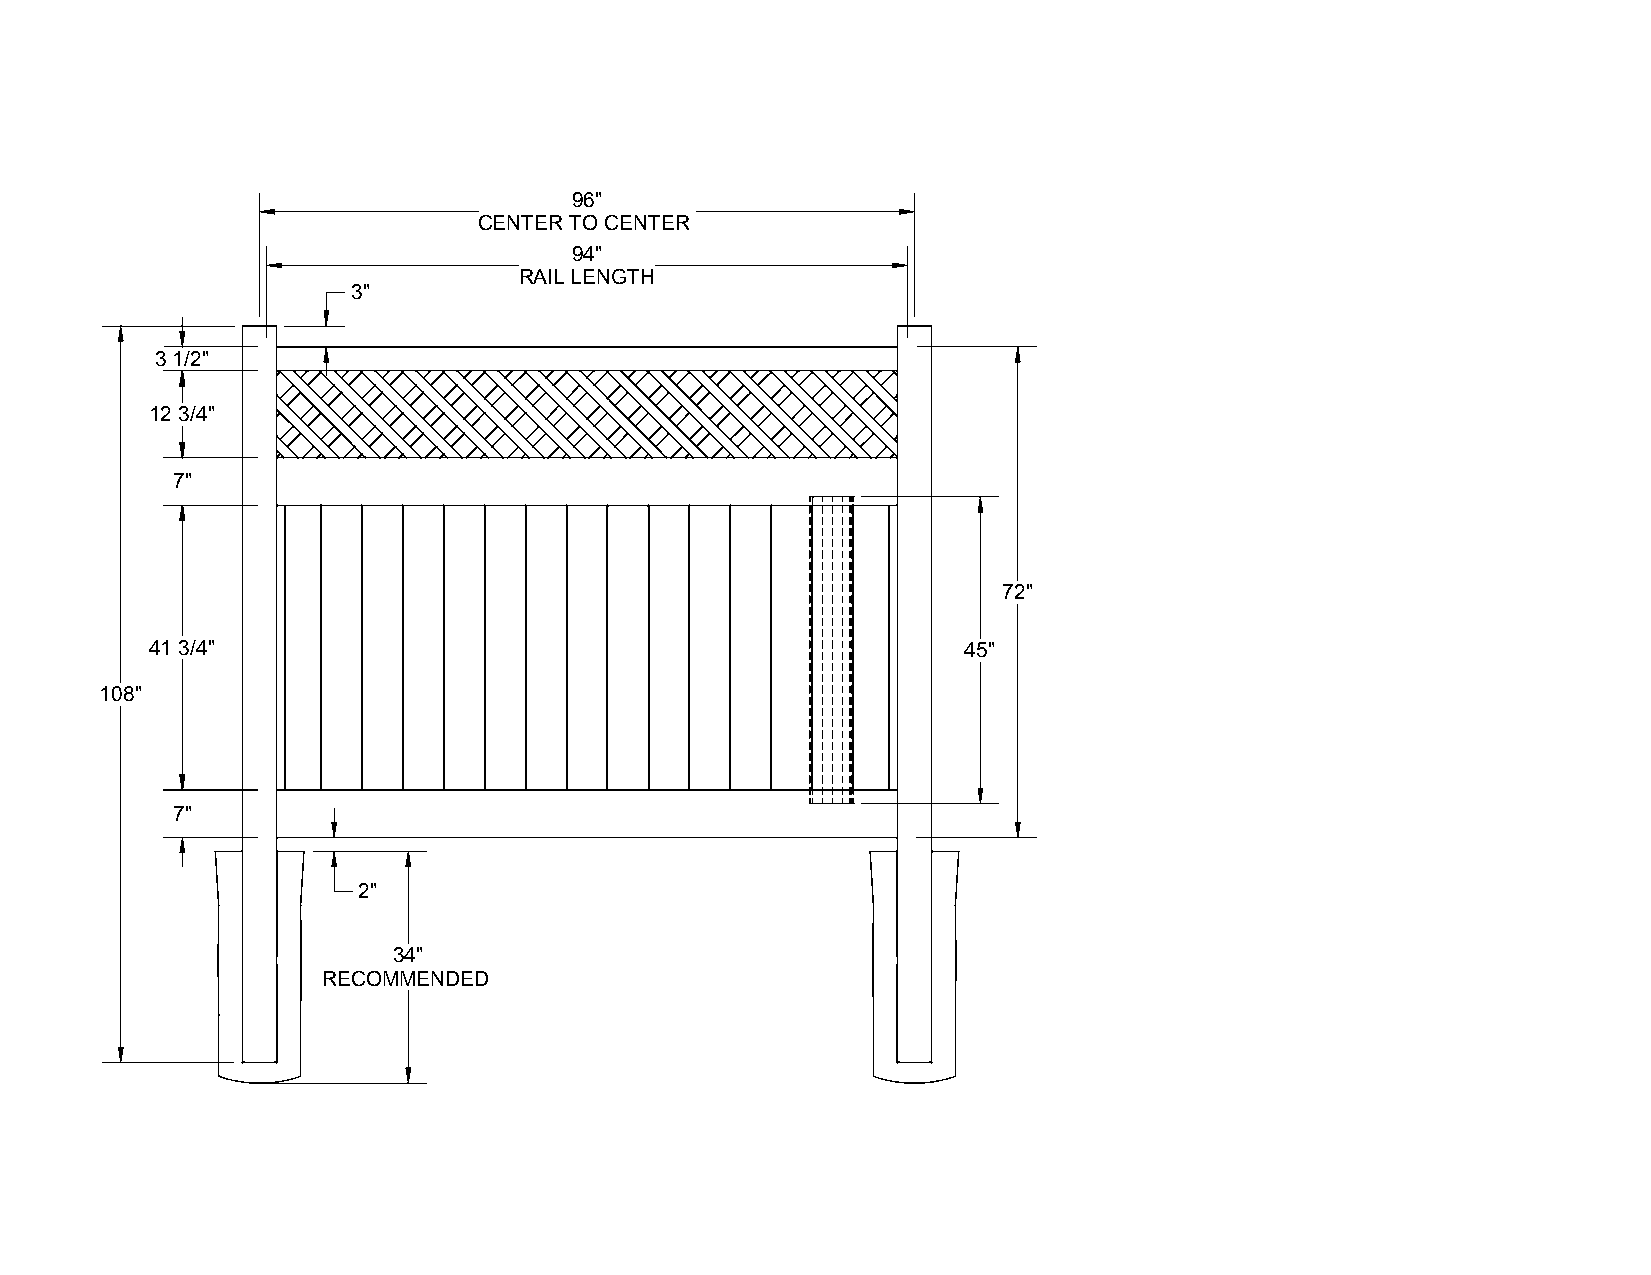
96"
 CENTER TO CENTER
 94"
 RAIL LENGTH
 3"
 3 1/2"
 12 3/4"
 7"
 72"
 41 3/4"                                               45"
 108"
 7"
 2"
 34"
 RECOMMENDED